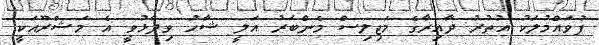
ފުވައްމުލަކު އުތުރު ދާއިރާގެ މަޖިލިސް މެންބަރު އަލީ ޝާހު ވިދާޅުވީ އެ މަޝްރޫއަކީ